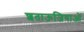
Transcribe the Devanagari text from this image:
शताऊजियाओं